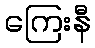
ကြေးနီ